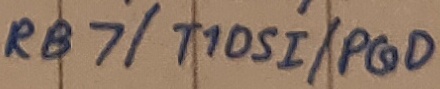
Text: RB7/T10SI/PGD